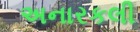
અનારકલી